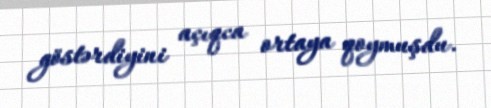
göstərdiyini açıqca ortaya qoymuşdu.